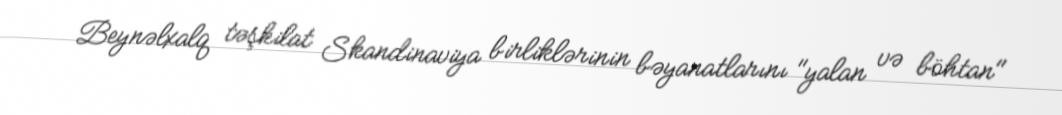
Beynəlxalq təşkilat Skandinaviya birliklərinin bəyanatlarını "yalan və böhtan"